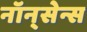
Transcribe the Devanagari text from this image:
नॉन्‌सेन्स